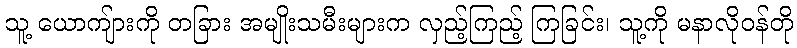
သူ့ ယောကျ်ားကို တခြား အမျိုးသမီးများက လှည့်ကြည့် ကြခြင်း၊ သူ့ကို မနာလိုဝန်တို